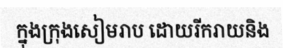
ក្នុងក្រុងសៀមរាប ដោយរីករាយនិង